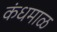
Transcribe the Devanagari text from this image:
कंधमाळ